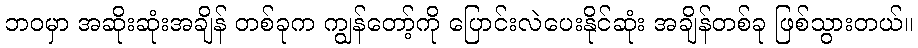
ဘဝမှာ အဆိုးဆုံးအချိန် တစ်ခုက ကျွန်တော့်ကို ပြောင်းလဲပေးနိုင်ဆုံး အချိန်တစ်ခု ဖြစ်သွားတယ်။